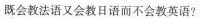
既会教法语又会教日语而不会教英语?